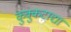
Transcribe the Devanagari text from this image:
कुक्कुटाद्या